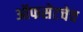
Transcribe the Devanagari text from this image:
ऑफसेटचेच